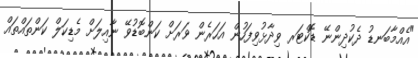
"އެއްމާބަނޑު ދެކުދިންނޭ ޑޮކްޓަރ ވިދާޅުވިފަހުން އަހަރެން ވަރަށް ކަންބޮޑުވޭ ނާއިލަށް މެޑިކަލް ކަންތައްތައް